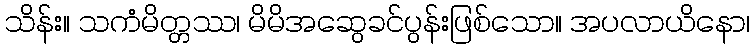
သိန်း။ သကံမိတ္တဿ၊ မိမိအဆွေခင်ပွန်းဖြစ်သော။ အပလာယိနော၊